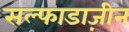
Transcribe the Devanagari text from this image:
सल्फाडाज़ीन